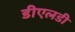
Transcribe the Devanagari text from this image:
डीएलडी